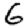
Digit: 6